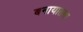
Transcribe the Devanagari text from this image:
बनायातथा